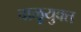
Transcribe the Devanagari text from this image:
वाळूयुक्त